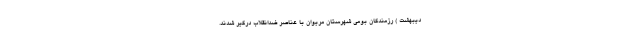
دیبهشت ) رزمندگان بومی شهرستان مریوان با عناصر ضدانقلاب درگیر شدند.